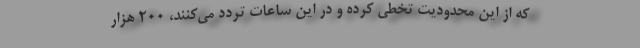
که از این محدودیت تخطی کرده و در این ساعات تردد می‌کنند، ۲۰۰ هزار